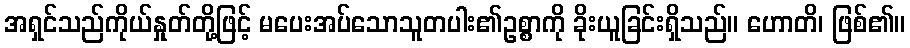
အရှင်သည်ကိုယ်နှုတ်တို့ဖြင့် မပေးအပ်သောသူတပါး၏ဥစ္စာကို ခိုးယူခြင်းရှိသည်။ ဟောတိ၊ ဖြစ်၏။